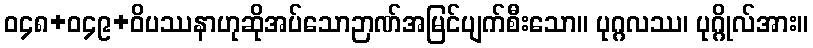
ဝ၄၈+ဝ၄၉+ဝိပဿနာဟုဆိုအပ်သောဉာဏ်အမြင်ပျက်စီးသော။ ပုဂ္ဂလဿ၊ ပုဂ္ဂိုလ်အား။